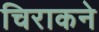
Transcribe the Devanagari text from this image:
चिराकने